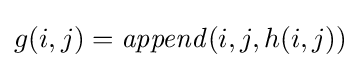
g(i,j)={\mathit {append}}(i,j,h(i,j))